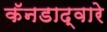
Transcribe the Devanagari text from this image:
कॅनडाद्वारे